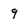
Character: 9